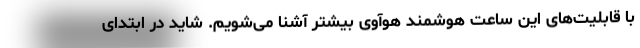
با قابلیت‌های این ساعت هوشمند هوآوی بیشتر آشنا می‌شویم. شاید در ابتدای